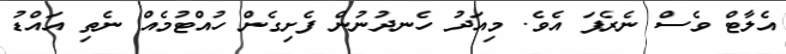
އެލާޓް ވެސް ނެރެފަ އެވެ. މިއަދު ހެނދުނުން ފެށިގެން ހުއްޓުމެއް ނެތި އައްޑު